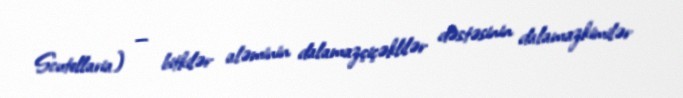
Scutellaria) — bitkilər aləminin dalamazçiçəklilər dəstəsinin dalamazkimilər